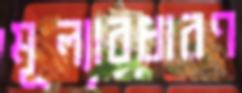
মূল্যাবধারণ